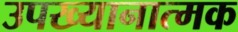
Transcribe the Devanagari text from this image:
उपख्यानात्मक